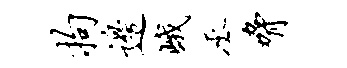
拘边峨丞胁